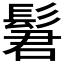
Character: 𫘿